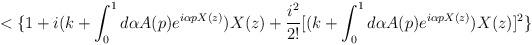
LaTeX: \begin{align*}<\{ 1+i(k+\int _{0}^{1}d \alpha A(p)e^{i\alpha pX(z)})X(z)+\frac{i^{2}}{2!}[(k+\int _{0}^{1}d \alpha A(p)e^{i\alpha pX(z)})X(z)]^{2}\}\end{align*}